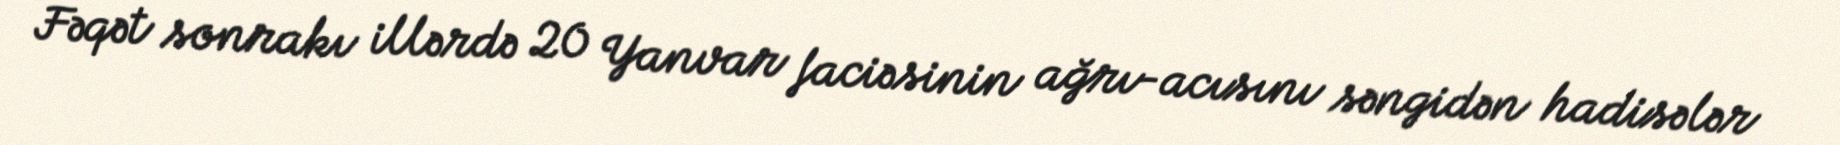
Fəqət sonrakı illərdə 20 Yanvar faciəsinin ağrı-acısını səngidən hadisələr